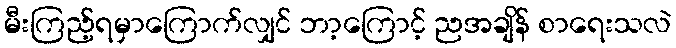
မီးကြည့်ရမှာကြောက်လျှင် ဘာ့ကြောင့် ညအချိန် စာရေးသလဲ